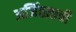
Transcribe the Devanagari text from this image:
अजिंठय़ाची